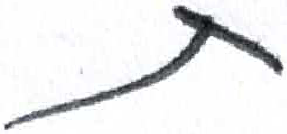
אות: ת